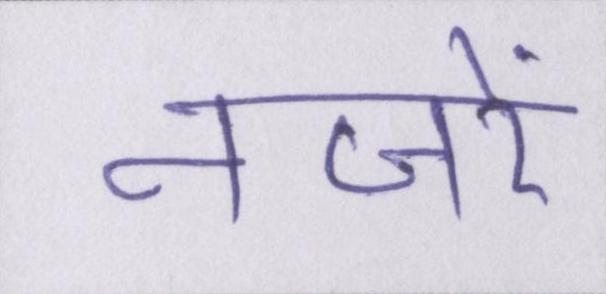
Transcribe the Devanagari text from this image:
नजरें